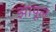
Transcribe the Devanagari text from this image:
झापूल